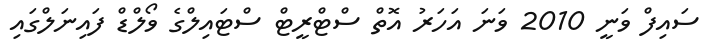
ސައިފް ވަނީ 2010 ވަނަ އަހަރު އޮތް ސްޓްރީޓް ސްޓައިލްގެ ވޯލްޑް ފައިނަލްގައި